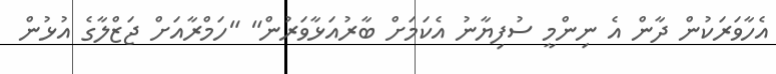
އެހާވަރަކުން ދާން އެ ނިންމީ ސުފިޔާނު އެކަމަށް ބާރުއަޅާވަރުން" "ހަމްރާއަށް ޖަޒްލާގެ އުޅުން